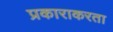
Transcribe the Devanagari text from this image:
प्रकाराकरता